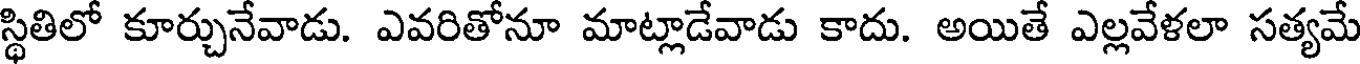
స్థితిలో కూర్చునేవాడు. ఎవరితోనూ మాట్లాడేవాడు కాదు. అయితే ఎల్లవేళలా సత్యమే